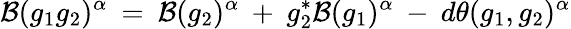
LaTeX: {\cal B}(g_{1}g_{2})^{\alpha}\: =\: {\cal B}(g_{2})^{\alpha}\: +\: g_{2}^{*}{\cal B}(g_{1})^{\alpha}\: -\: d\theta(g_{1},g_{2})^{\alpha}